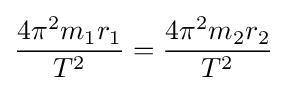
{\frac {4\pi ^{2}m_{1}r_{1}}{T^{2}}}={\frac {4\pi ^{2}m_{2}r_{2}}{T^{2}}}